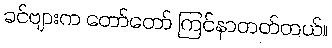
ခင်ဗျားက တော်တော် ကြင်နာတတ်တယ်။